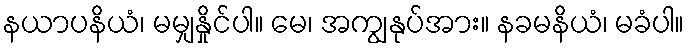
နယာပနိယံ၊ မမျှနှိုင်ပါ။ မေ၊ အကျွနုပ်အား။ နခမနိယံ၊ မခံပါ။